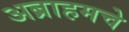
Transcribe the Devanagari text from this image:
अब्राहमचे